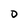
Character: D